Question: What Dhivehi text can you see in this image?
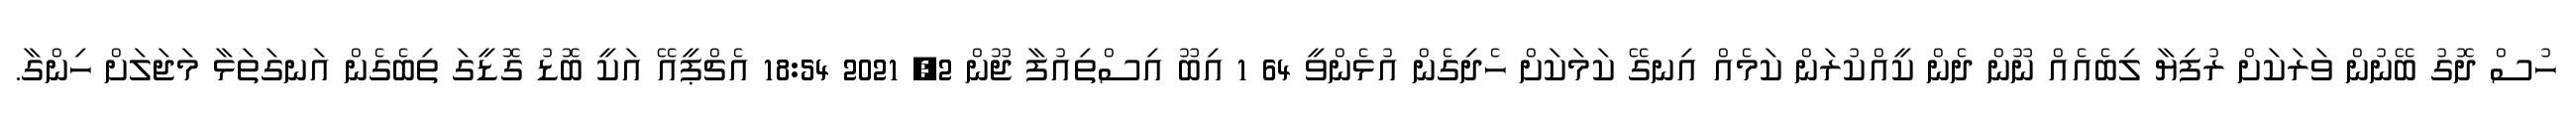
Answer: ހުސް ދޮގު ބޭނުން ވަރަކަށް ރުފިޔާ ލިބެއެއް ނޫން ދެން ކީއްކުރަން ކަމެއް އިނގޭ ކަމަކަށް ހެދިގެން އުޅެންވީ 64 1 އިބޫ އިސްތިއުފާ ޖޫން 2, 2021 18:54 އެޗްޕީއޭ އަކީ ބޮޑު ގޮޑީގަ ތިބެގެން އަނގަތަޅާ މަޖަލަށް ހިންގާ.